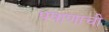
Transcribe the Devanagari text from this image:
पषाणाची